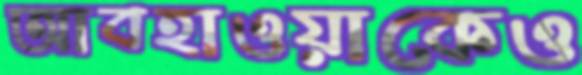
আবহাওয়াকেও